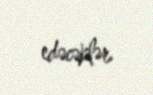
edəcəklər.